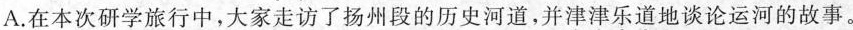
A.在本次研学旅行中，大家走访了扬州段的历史河道，并津津乐道地谈论运河的故事。